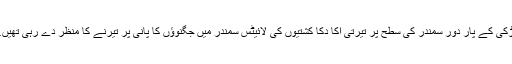
کھڑکی کے پار دور سمندر کی سطح پر تیرتی اکِا دکّا کشتیوں کی لائیٹس سمندر میں جگنوؤں کا پانی پر تیرنے کا منظر دے رہی تھیں…!